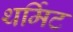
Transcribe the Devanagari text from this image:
थर्मिट